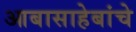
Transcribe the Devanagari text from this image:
आबासाहेबांचे